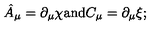
\hat { A } _ { \mu } = \partial _ { \mu } \chi \mathrm { a n d } C _ { \mu } = \partial _ { \mu } \xi ;